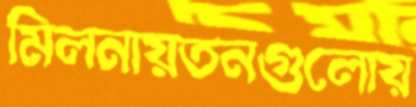
মিলনায়তনগুলোয়